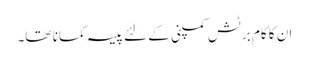
ان کا کام برٹش کمپنی کے لئے پیسہ کمانا تھا۔